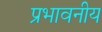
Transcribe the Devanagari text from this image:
प्रभावनीय